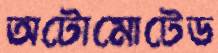
অটোমোটেড